Bombay plague: being a history of the progress of plague in the Bombay presidency from September 1896 to June 1899
Year: 1896
Disease focus: Plague
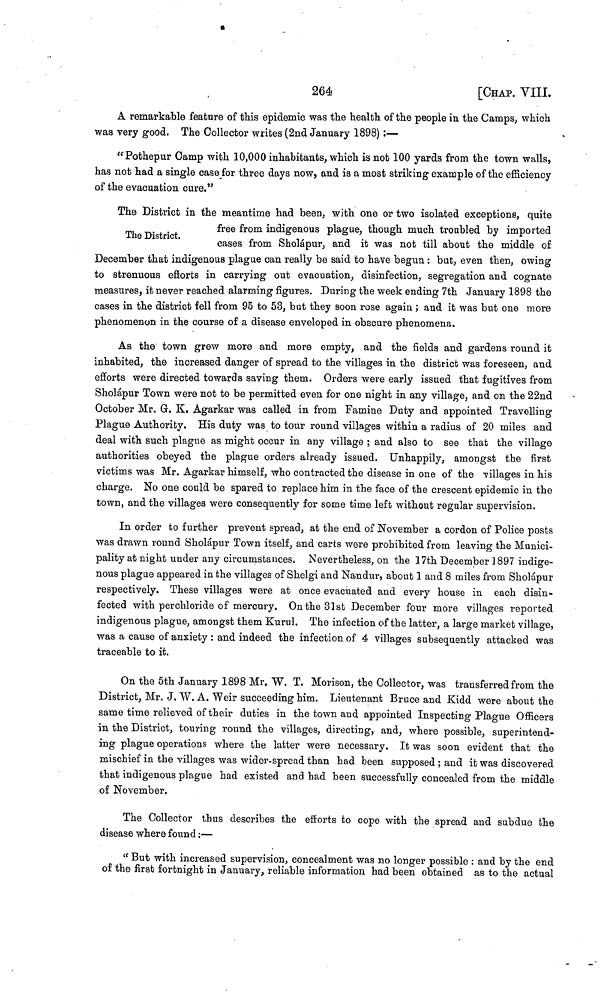
264
[CHAP. VIII.
A remarkable feature of this epidemic was the health of the people in the Camps, which
was very good. The Collector writes (2nd January 1898) :—
"Pothepur Camp with 10,000 inhabitants, which is not 100 yards from the town walls,
has not had a single case for three days now, and is a most striking example of the efficiency
of the evacuation cure."
The District.
The District in the meantime had been, with one or two isolated exceptions, quite
free from indigenous plague, though much troubled by imported
cases from Sholápur, and it was not till about the middle of
December that indigenous plague can really be said to have begun : but, even then, owing
to strenuous efforts in carrying out evacuation, disinfection, segregation and cognate
measures, it never reached alarming figures. During the week ending 7th January 1898 the
cases in the district fell from 95 to 53, but they soon rose again ; and it was but one more
phenomenon in the course of a disease enveloped in obscure phenomena.
As the town grew more and more empty, and the fields and gardens round it
inhabited, the increased danger of spread to the villages in the district was foreseen, and
efforts were directed towards saving them. Orders were early issued that fugitives from
Sholápur Town were not to be permitted even for one night in any village, and on the 22nd
October Mr. G. K. Agarkar was called in from Famine Duty and appointed Travelling
Plague Authority. His duty was to tour round villages within a radius of 20 miles and
deal with such plague as might occur in any village ; and also to see that the village
authorities obeyed the plague orders already issued. Unhappily, amongst the first
victims was Mr. Agarkar himself, who contracted the disease in one of the villages in his
charge. No one could be spared to replace him in the face of the crescent epidemic in the
town, and the villages were consequently for some time left without regular supervision.
In order to further prevent spread, at the end of November a cordon of Police posts
was drawn round Sholápur Town itself, and carts were prohibited from leaving the Munici-
pality at night under any circumstances. Nevertheless, on the 17th December 1897 indige-
nous plague appeared in the villages of Shelgi and Nandur, about 1 and 8 miles from Sholápur
respectively. These villages were at once evacuated and every house in each disin-
fected with perchloride of mercury. On the 31st December four more villages reported
indigenous plague, amongst them Kurul. The infection of the latter, a large market village,
was a cause of anxiety : and indeed the infection of 4 villages subsequently attacked was
traceable to it.
On the 5th January 1898 Mr. W. T. Morison, the Collector, was transferred from the
District, Mr. J. W. A. Weir succeeding him. Lieutenant Bruce and Kidd were about the
same time relieved of their duties in the town and appointed Inspecting Plague Officers
in the District, touring round the villages, directing, and, where possible, superintend-
ing plague operations where the latter were necessary. It was soon evident that the
mischief in the villages was wider-spread than had been supposed ; and it was discovered
that indigenous plague had existed and had been successfully concealed from the middle
of November.
The Collector thus describes the efforts to cope with the spread and subdue the
disease where found :—
" But with increased supervision, concealment was no longer possible : and by the end
of the first fortnight in January, reliable information had been obtained as to the actual